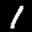
Label: 1